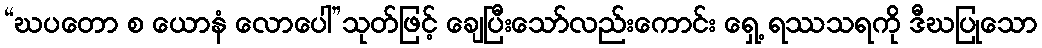
“ဃပတော စ ယောနံ လောပေါ”သုတ်ဖြင့် ချေပြီးသော်လည်းကောင်း ရှေ့ ရဿသရကို ဒီဃပြုသော